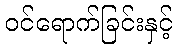
ဝင်ရောက်ခြင်းနှင့်